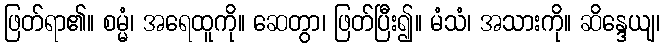
ဖြတ်ရာ၏။ စမ္မံ၊ အရေထူကို။ ဆေတွာ၊ ဖြတ်ပြီး၍။ မံသံ၊ အသားကို။ ဆိန္ဒေယျ၊